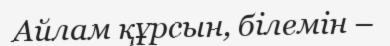
Айлам құрсын, білемін –